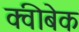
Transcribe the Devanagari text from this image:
क्वीबेक